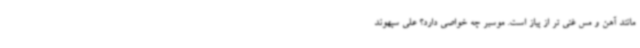
مانند آهن و مس غنی تر از پیاز است. موسیر چه خواصی دارد؟ علی سپهوند